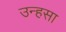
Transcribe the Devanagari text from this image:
उन्हसा